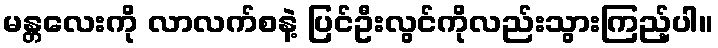
မန္တလေးကို လာလက်စနဲ့ ပြင်ဦးလွင်ကိုလည်းသွားကြည့်ပါ။